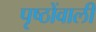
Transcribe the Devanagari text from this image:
पृष्ठोंवाली